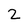
Character: 2